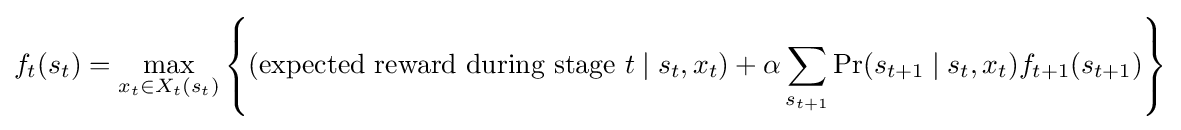
f_{t}(s_{t})=\max _{x_{t}\in X_{t}(s_{t})}\left\{({\text{expected reward during stage }}t\mid s_{t},x_{t})+\alpha \sum _{s_{t+1}}\Pr(s_{t+1}\mid s_{t},x_{t})f_{t+1}(s_{t+1})\right\}